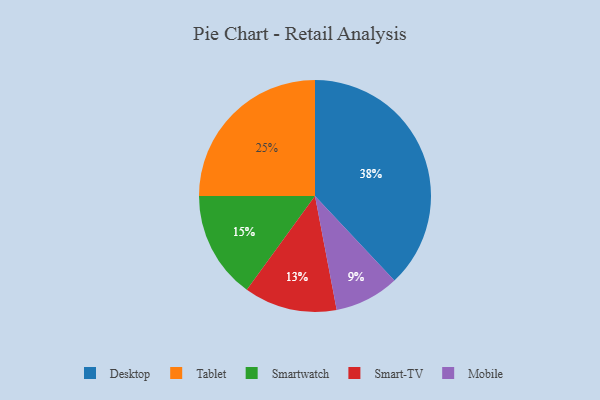
{"axis": {"x": "Category", "y": "Percentage"}, "legend": ["Desktop", "Mobile", "Smart-TV", "Smartwatch", "Tablet"], "data": [{"x": "Tablet", "y": 25, "type": "Tablet"}, {"x": "Mobile", "y": 9, "type": "Mobile"}, {"x": "Desktop", "y": 38, "type": "Desktop"}, {"x": "Smartwatch", "y": 15, "type": "Smartwatch"}, {"x": "Smart-TV", "y": 13, "type": "Smart-TV"}]}